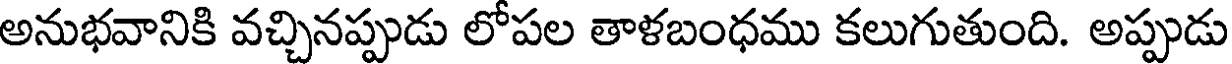
అనుభవానికి వచ్చినప్పుడు లోపల తాళబంధము కలుగుతుంది. అప్పుడు